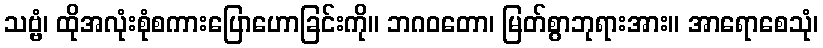
သဗ္ဗံ၊ ထိုအလုံးစုံစကားပြောဟောခြင်းကို။ ဘဂဝတော၊ မြတ်စွာဘုရားအား။ အာရောစေသုံ၊